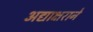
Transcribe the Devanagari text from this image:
अद्याक्षराने